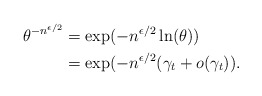
\begin{align*}\theta^{-n^{\epsilon/2}}&=\exp(-n^{\epsilon/2}\ln(\theta)) \\&=\exp(-n^{\epsilon/2}(\gamma_t+o(\gamma_t)).\end{align*}